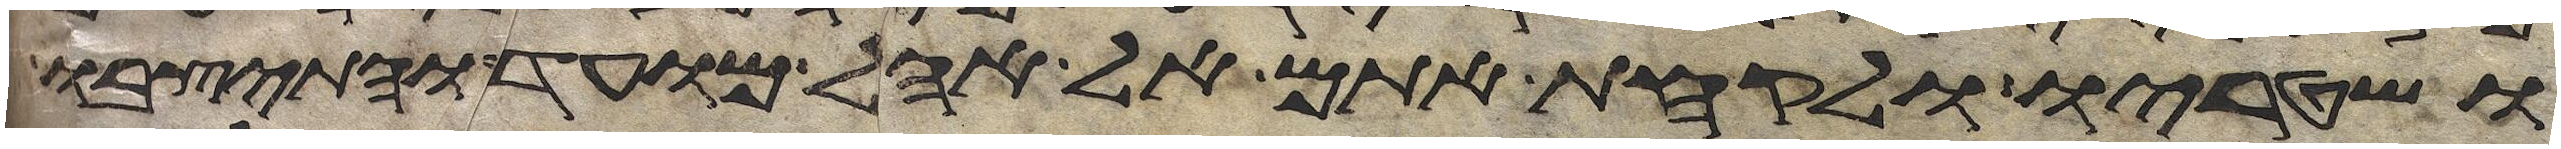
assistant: ושוטריו ולקחת אתם אל אהל מועד והתיצבו